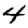
Digit: 4